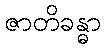
ဇာတိခန္ဓာ